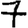
Digit: 7